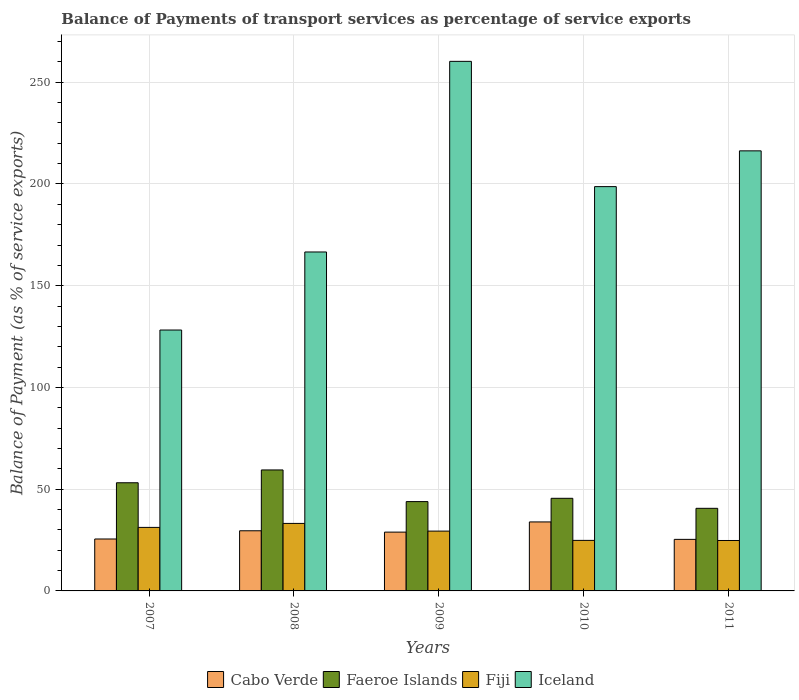
| Years | Cabo Verde | Faeroe Islands | Fiji | Iceland |
 | --- | --- | --- | --- | --- |
 | 2007 | 25.5 | 53.2 | 31.2 | 128 |
 | 2008 | 29.6 | 59.5 | 33.2 | 167 |
 | 2009 | 28.9 | 43.9 | 29.4 | 260 |
 | 2010 | 33.9 | 45.5 | 24.8 | 199 |
 | 2011 | 25.3 | 40.6 | 24.8 | 216 |